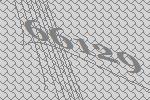
66129